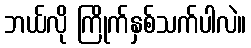
ဘယ်လို ကြိုက်နှစ်သက်ပါလဲ။